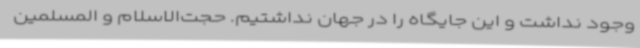
وجود نداشت و این جایگاه را در جهان نداشتیم. حجت‌الاسلام و المسلمین